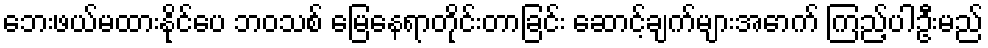
ဘေးဖယ်မထားနိုင်ပေ ဘဝသစ် မြေနေရာတိုင်းတာခြင်း ဆောင့်ချက်များအောက် ကြည့်ပါဦးမည်